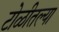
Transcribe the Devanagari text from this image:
टोळीतल्या